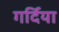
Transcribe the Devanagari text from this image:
गर्दिया